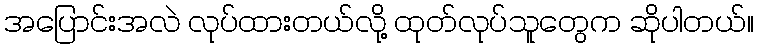
အပြောင်းအလဲ လုပ်ထားတယ်လို့ ထုတ်လုပ်သူတွေက ဆိုပါတယ်။